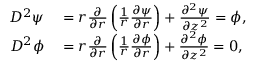
\begin{array} { r l } { D ^ { 2 } \psi } & { { } = r \frac { \partial } { \partial r } \left( \frac { 1 } { r } \frac { \partial \psi } { \partial r } \right) + \frac { \partial ^ { 2 } \psi } { \partial z ^ { 2 } } = \phi , } \\ { D ^ { 2 } \phi } & { { } = r \frac { \partial } { \partial r } \left( \frac { 1 } { r } \frac { \partial \phi } { \partial r } \right) + \frac { \partial ^ { 2 } \phi } { \partial z ^ { 2 } } = 0 , } \end{array}